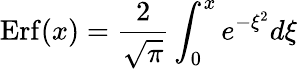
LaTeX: \mathrm{Erf}(x)=\frac{2}{\sqrt{\pi}}\int_{0}^{x}e^{-\xi^{2}}d\xi